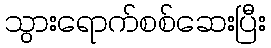
သွားရောက်စစ်ဆေးပြီး